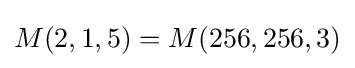
M(2,1,5)=M(256,256,3)